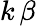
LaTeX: k\, \beta